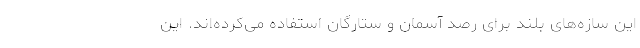
این سازه‌های بلند برای رصد آسمان و ستارگان‌ استفاده می‌کرده‌اند. این